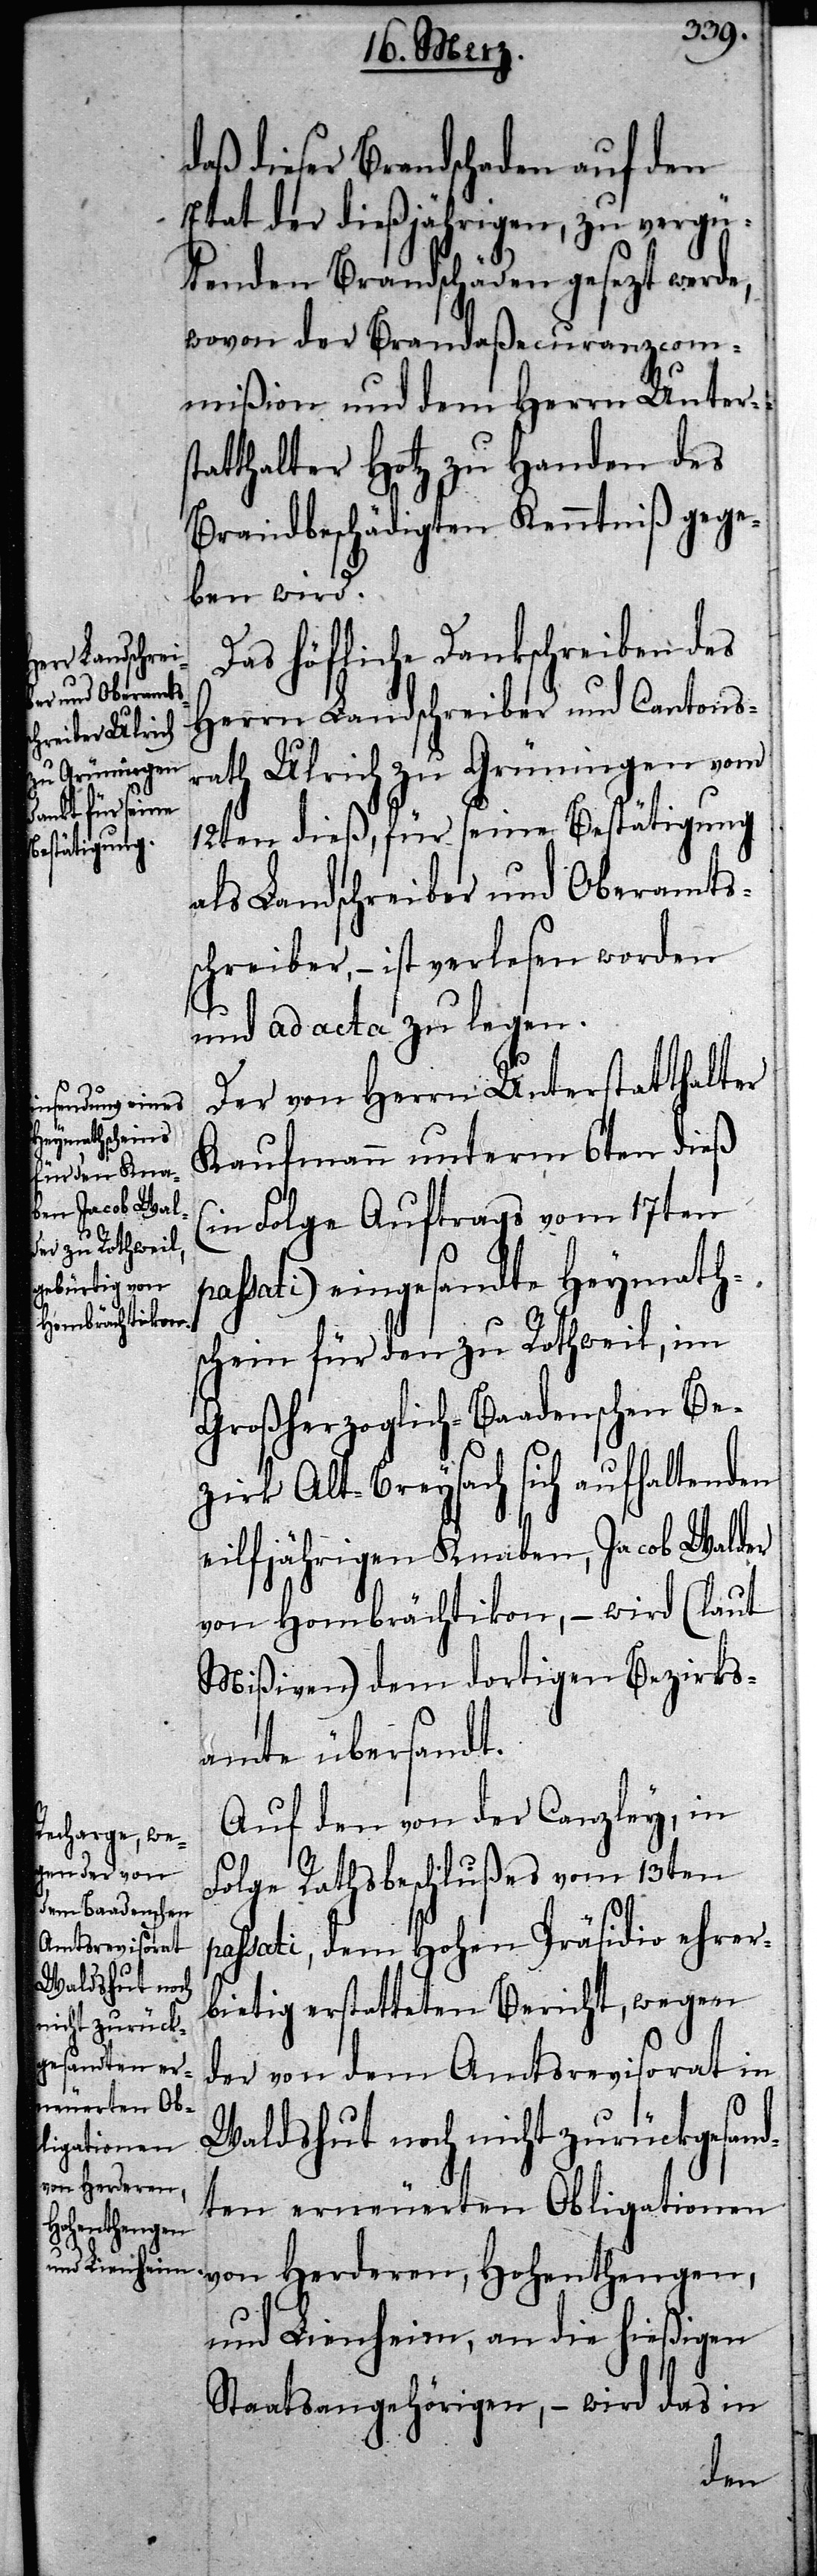
daß dieser Brandschaden auf den
Etat der dießjährigen, zu vergü¬
tenden Brandschäden gesezt werde,
wovon der Brandaßecuranzcom¬
mißion und dem Herrn Unters¬
tatthalter Hotz zu Handen des
Brandbeschädigten Kenntniß gege¬
ben wird.
Das höfliche Dankschreiben des
Herrn Landschreiber und Cantons¬
rath Ulrich zu Grüningen vom
12ten dieß, für seine Bestätigung
als Landschreiber und Oberamts¬
schreiber, – ist verlesen worden
und ad acta zu legen.
Der von Herrn Unterstatthalter
Kaufmann unterm 6ten dieß
(in Folge Auftrags vom 17ten
passati) eingesandte Heymath¬
schein für den zu Rothweil, im
Großherzoglich-Baadenschen Be¬
zirk Alt-Breysach sich aufhaltenden
eilfjährigen Knaben, Jacob Walder
von Hombrächtikon, – wird (laut
Mißiven) dem dortigen Bezirks¬
amte übersandt.
Auf den von der Canzley, in
Folge Rathsbeschlußes vom 13ten p¬
assati, dem Hohen Präsidio ehrer¬
bietig erstatteten Bericht, wegen
der von dem Amtsrevisorat in
Waldshut noch nicht zurückgesand¬
von Herderen,
ten erneuerten Obligationen
Hohenthengen,
und Lienheim, an die hießigen
Staatsangehörigen, – wird das in